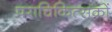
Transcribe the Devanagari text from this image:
पराचिकित्सकों